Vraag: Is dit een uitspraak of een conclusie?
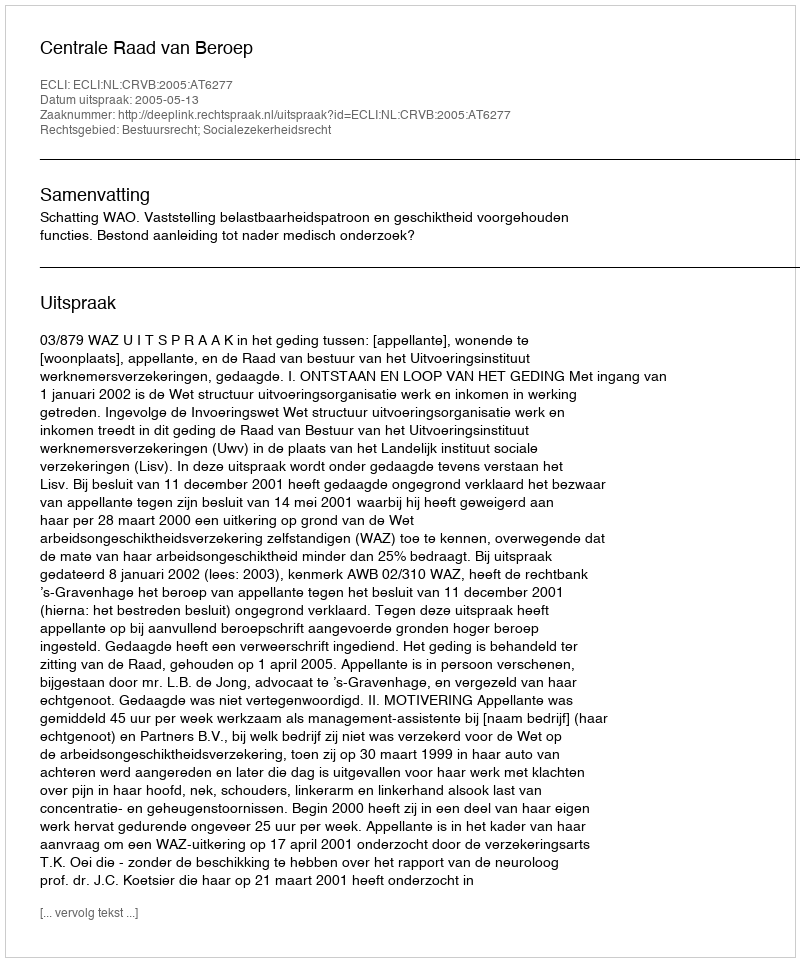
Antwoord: Uitspraak